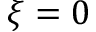
\xi = 0